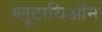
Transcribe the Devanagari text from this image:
ग्लूटाथिऑन